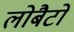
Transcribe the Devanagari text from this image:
लोबैटो